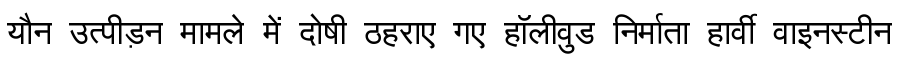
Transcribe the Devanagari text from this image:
यौन उत्पीड़न मामले में दोषी ठहराए गए हॉलीवुड निर्माता हार्वी वाइनस्टीन